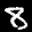
Label: 8